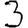
Digit: 3